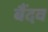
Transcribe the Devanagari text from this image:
बैंदव